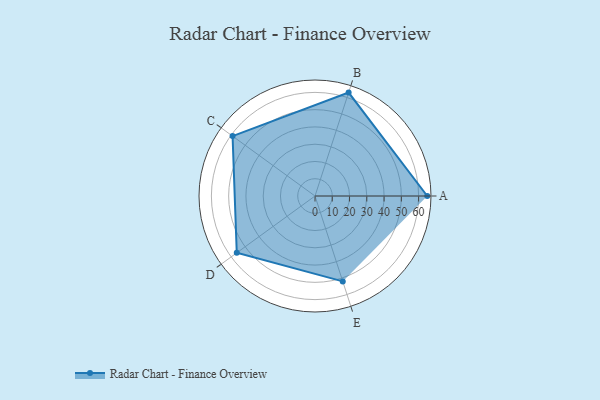
{"axis": {"x": "Skill", "y": "Score"}, "legend": ["Profile"], "data": [{"x": "A", "y": 65.0, "type": "Profile"}, {"x": "B", "y": 63.0, "type": "Profile"}, {"x": "C", "y": 59.0, "type": "Profile"}, {"x": "D", "y": 56.0, "type": "Profile"}, {"x": "E", "y": 52.0, "type": "Profile"}]}